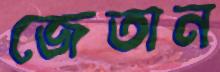
জেতান